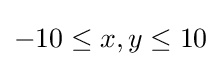
-10\leq x,y\leq 10